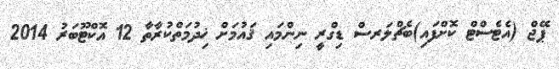
ޕޭޖް (އެޓެސްޓް ކޮށްފައި)ބެޗްލަރސް ޑިގްރީ ނިންމައި ޤައުމަށް ޚިދުމަތްކުރާތާ 12 އޮކްޓޫބަރު 2014